Civil Veterinary Department Bengal reports 1933-51 - 1933-1951
Year: 1933
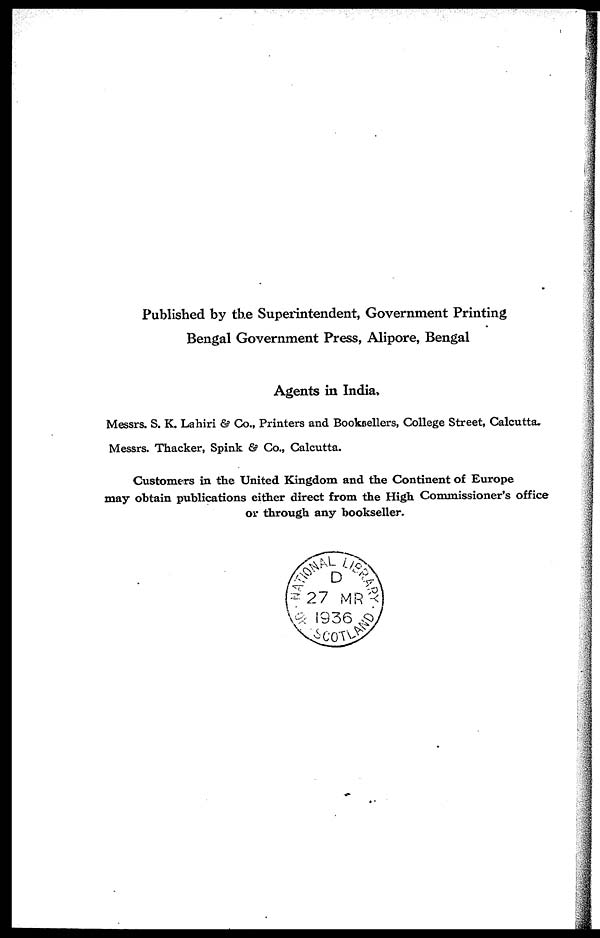
Published by the Superintendent, Government Printing
Bengal Government Press, Alipore, Bengal
Agents in India,
Messrs. S. K. Lahiri & Co., Printers and Booksellers, College Street, Calcutta.
Messrs. Thacker, Spink & Co., Calcutta.
Customers in the United Kingdom and the Continent of Europe
may obtain publications either direct from the High Commissioner's office
or through any bookseller.